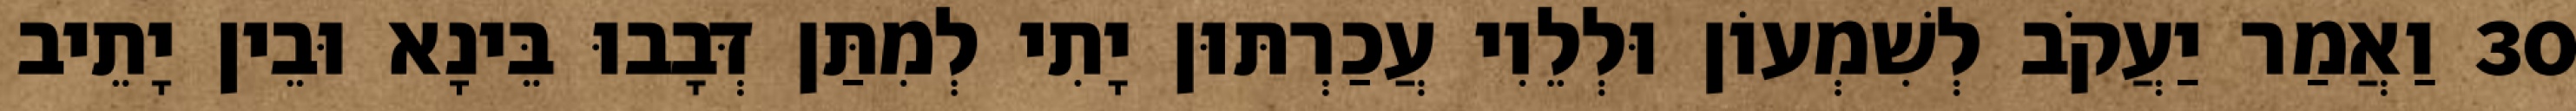
30 וַאֲמַר יַעֲקֹב לְשִׁמְעוֹן וּלְלֵוִי עֲכַרְתּוּן יָתִי לְמִתַּן דְּבָבוּ בֵּינָא וּבֵין יָתֵיב